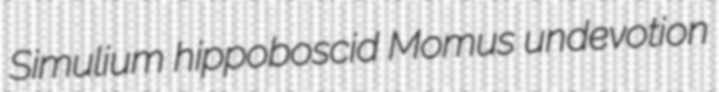
Simulium hippoboscid Momus undevotion